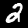
Digit: 2